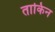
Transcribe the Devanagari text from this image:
ताकिन